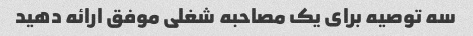
سه توصیه برای یک مصاحبه شغلی موفق ارائه دهید